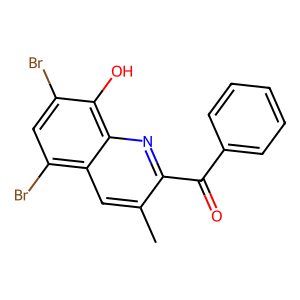
SMILES: Cc1cc2c(Br)cc(Br)c(O)c2nc1C(=O)c1ccccc1
Inhibits HIV replication: No